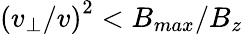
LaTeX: \left(v_{\perp}/v\right)^{2}<B_{max}/B_{z}